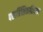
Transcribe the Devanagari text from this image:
परात्रिंशिकाविवरण